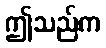
ဤသည်က